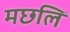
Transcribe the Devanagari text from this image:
मछलि